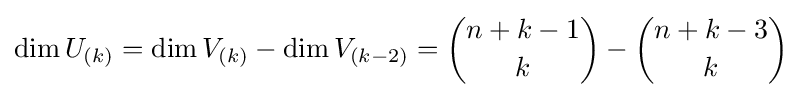
\dim U_{(k)}=\dim V_{(k)}-\dim V_{(k-2)}={\binom {n+k-1}{k}}-{\binom {n+k-3}{k}}